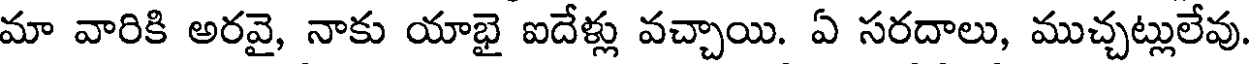
మా వారికి అరవై, నాకు యాభై ఐదేళ్లు వచ్చాయి. ఏ సరదాలు, ముచ్చట్లులేవు